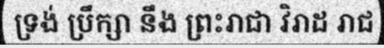
ទ្រង់ ប្រឹក្សា នឹង ព្រះរាជា វិរាដ រាជ